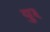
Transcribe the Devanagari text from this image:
यु३